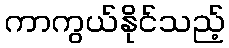
ကာကွယ်နိုင်သည့်